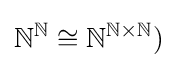
\mathbb {N} ^{\mathbb {N} }\cong \mathbb {N} ^{\mathbb {N} \times \mathbb {N} })